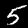
Label: 5